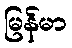
မြန်မာ